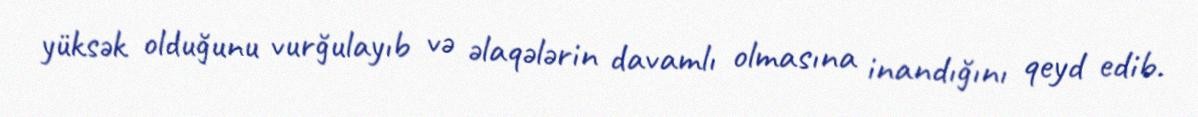
yüksək olduğunu vurğulayıb və əlaqələrin davamlı olmasına inandığını qeyd edib.